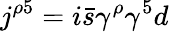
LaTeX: j^{\rho 5}=i\bar{s}\gamma^{\rho}\gamma^{5}d